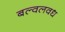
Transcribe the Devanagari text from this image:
बल्वलवध